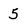
Character: 5